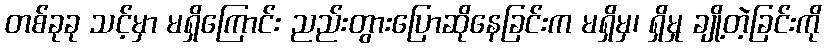
တစ်ခုခု သင့်မှာ မရှိကြောင်း ညည်းတွားပြောဆိုနေခြင်းက မရှိမှ၊ ရှိမှု ချို့တဲ့ခြင်းကို